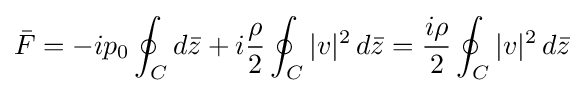
{\bar {F}}=-ip_{0}\oint _{C}d{\bar {z}}+i{\frac {\rho }{2}}\oint _{C}|v|^{2}\,d{\bar {z}}={\frac {i\rho }{2}}\oint _{C}|v|^{2}\,d{\bar {z}}